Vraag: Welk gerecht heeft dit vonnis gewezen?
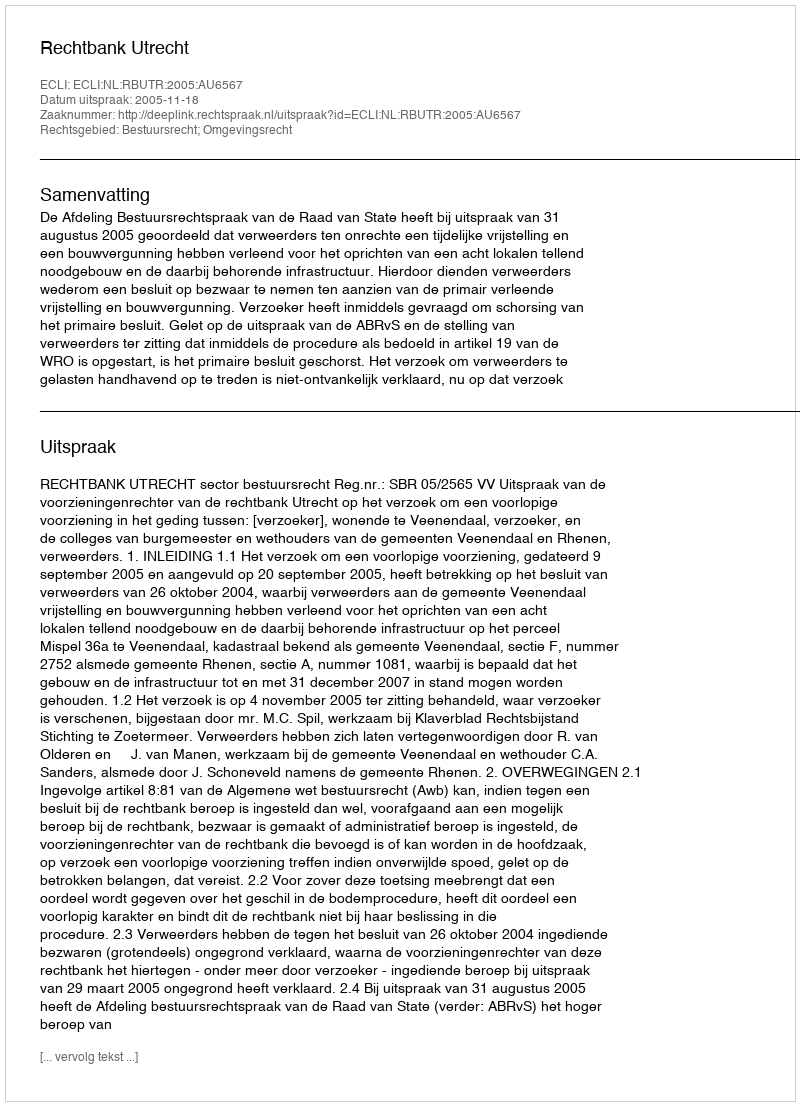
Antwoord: Rechtbank Utrecht